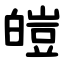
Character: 皚